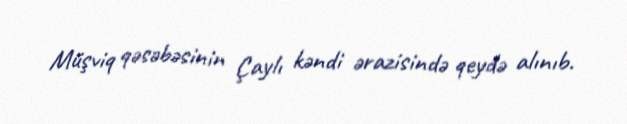
Müşviq qəsəbəsinin Çaylı kəndi ərazisində qeydə alınıb.